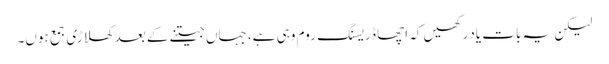
لیکن یہ بات یاد رکھیں کہ اچھا ڈریسنگ روم وہی ہے، جہاں جیتنے کے بعد کھلاڑی جمع ہوں۔